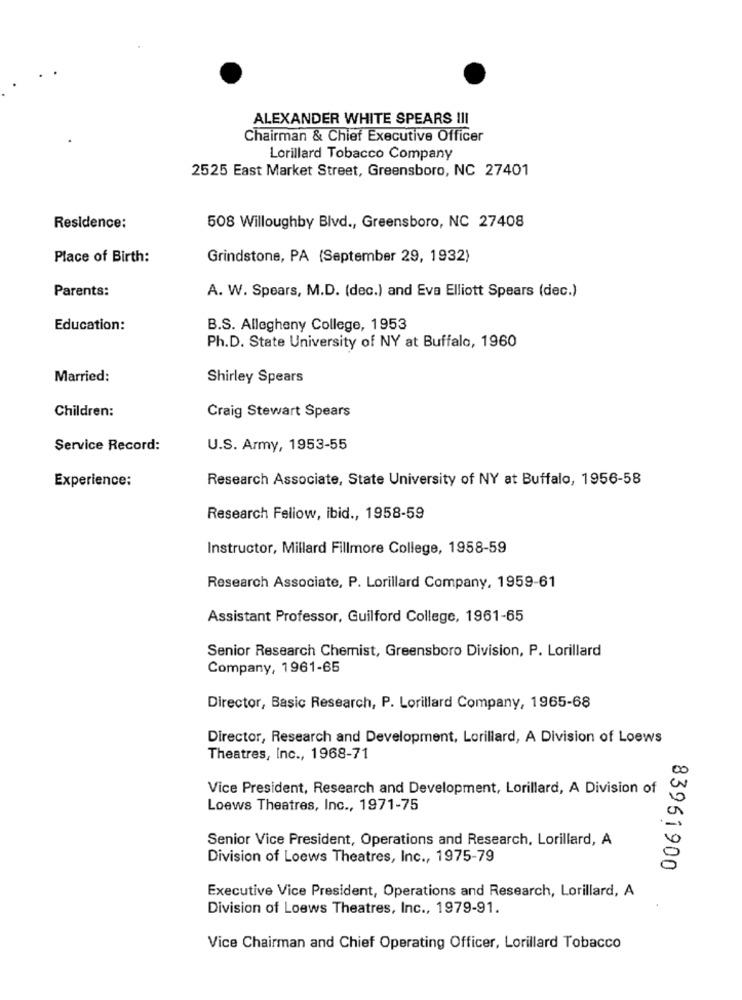
ALEXANDER WHITE SPEARS III
Chairman & Chief Executive Officer
Lorillard Tobacco Company
2525 East Market Street, Greensboro, NC 27401
Residence:
508 Willoughby Blvd ., Greensboro, NC 27408
Place of Birth:
Grindstone, PA (September 29, 1932)
Parents:
A. W. Spears, M.D. (dec.) and Eva Elliott Spears (dec.)
Education:
B.S. Allegheny College, 1953
Ph.D. State University of NY at Buffalo, 1960
Married:
Shirley Spears
Children:
Craig Stewart Spears
Service Record:
U.S. Army, 1953-55
Experience:
Research Associate, State University of NY at Buffalo, 1956-58
Research Fellow, ibid ., 1958-59
Instructor, Millard Fillmore College, 1958-59
Research Associate, P. Lorillard Company, 1959-61
Assistant Professor, Guilford College, 1961-65
Senior Research Chemist, Greensboro Division, P. Lorillard
Company, 1961-65
Director, Basic Research, P. Lorillard Company, 1965-68
Director, Research and Development, Lorillard, A Division of Loews
Theatres, Inc ., 1968-71
Vice President, Research and Development, Lorillard, A Division of
Loews Theatres, Inc ., 1971-75
Senior Vice President, Operations and Research, Lorillard, A
Division of Loews Theatres, Inc ., 1975-79
83961900
Executive Vice President, Operations and Research, Lorillard, A
Division of Loews Theatres, Inc ., 1979-91.
Vice Chairman and Chief Operating Officer, Lorillard Tobacco